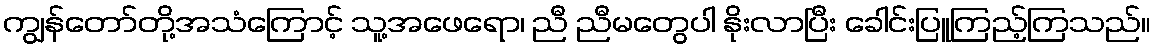
ကျွန်တော်တို့အသံကြောင့် သူ့အဖေရော၊ ညီ ညီမတွေပါ နိုးလာပြီး ခေါင်းပြူကြည့်ကြသည်။